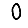
Digit: 0